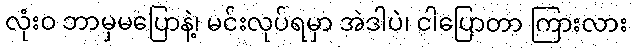
လုံးဝ ဘာမှမပြောနဲ့၊ မင်းလုပ်ရမှာ အဲဒါပဲ၊ ငါပြောတာ ကြားလား